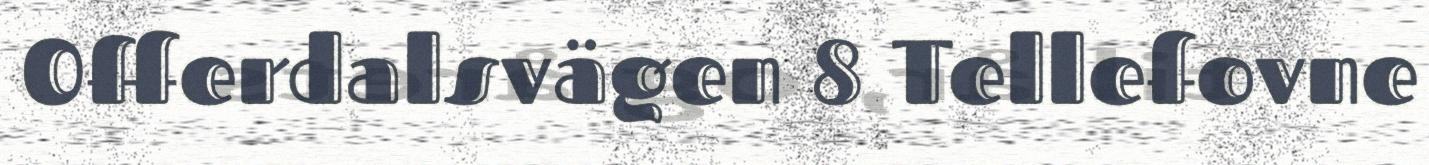
Offerdalsvägen 8 Tellefovne